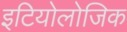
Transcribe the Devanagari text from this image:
इटियोलोजिक